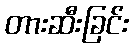
တားဆီးခြင်း